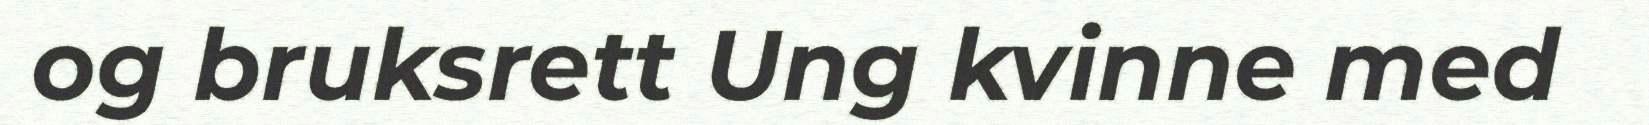
og bruksrett Ung kvinne med